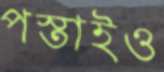
পস্তাইও